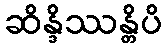
ဆိန္ဒိဿန္တိပိ